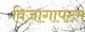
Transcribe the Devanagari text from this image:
विज़ागापटम